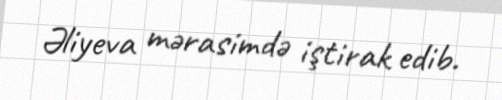
Əliyeva mərasimdə iştirak edib.